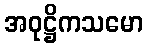
အဝုဋ္ဌိကသမော